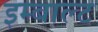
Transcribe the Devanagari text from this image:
इम्बाल्ट